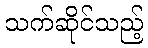
သက်ဆိုင်သည့်